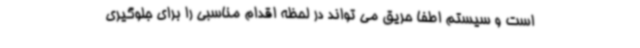
است و سیستم اطفا حریق می تواند در لحظه اقدام مناسبی را برای جلوگیری